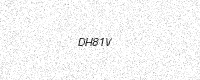
Text: DH81V